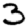
Digit: 3